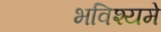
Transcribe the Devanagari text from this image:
भविश्यमे